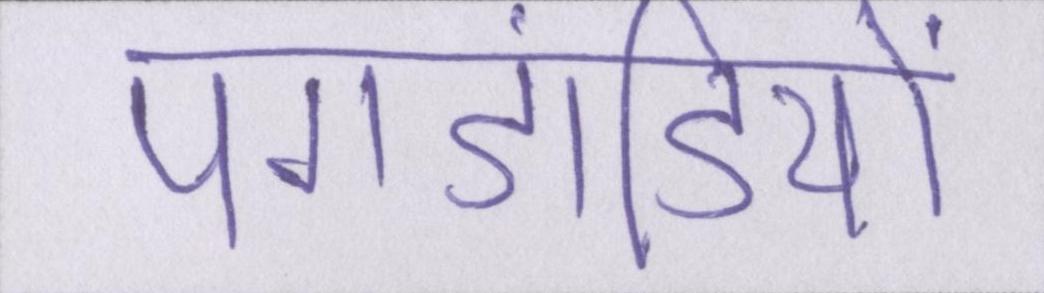
पगडंडियों